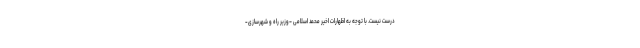
درست نیست. با توجه به اظهارات اخیر محمد اسلامی –وزیر راه و شهرسازی-